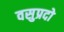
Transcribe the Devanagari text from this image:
वसुप्रदो